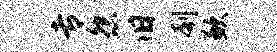
专怨旧刳歉